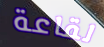
لقاعة